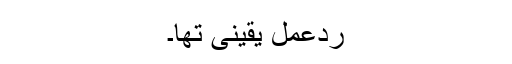
ردعمل یقینی تھا۔